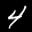
Label: 4